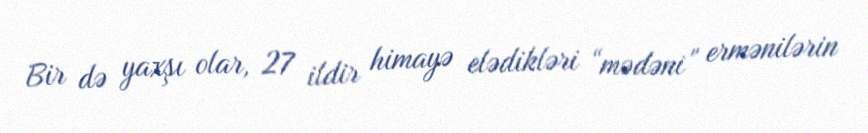
Bir də yaxşı olar, 27 ildir himayə elədikləri “mədəni” ermənilərin